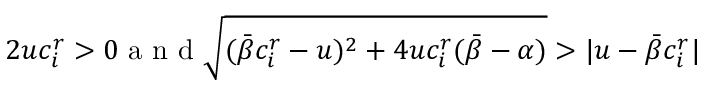
2 u c _ { i } ^ { r } > 0 \mathrm { ~ a ~ n ~ d ~ } \sqrt { ( \bar { \beta } c _ { i } ^ { r } - u ) ^ { 2 } + 4 u c _ { i } ^ { r } ( \bar { \beta } - \alpha ) } > | u - \bar { \beta } c _ { i } ^ { r } |